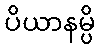
ပိယာနမ္ပိ